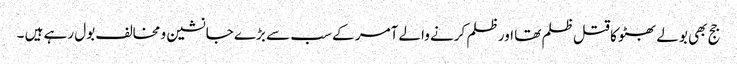
جج بھی بولے بھٹو کا قتل ظلم تھا اور ظلم کرنے والے آمر کے سب سے بڑے جانشین و مخالف بول رہے ہیں ۔